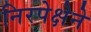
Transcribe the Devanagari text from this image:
निरपेक्षेने